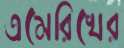
এমেরিখের